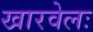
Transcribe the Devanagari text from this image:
खारवेलः